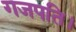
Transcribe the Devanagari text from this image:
गजपति।